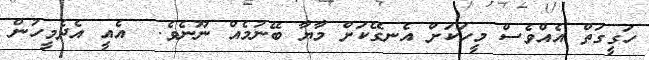
ހަގީގަތް އެއްވެސް މީހަކަށް އެނގޭކަށް މާޔާ ބޭނުމެއް ނޫނެވެ.  އެއީ އެދެމީހުން